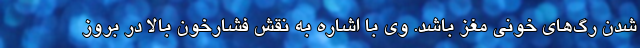
شدن رگ‌های خونی مغز باشد. وی با اشاره به نقش فشارخون بالا در بروز